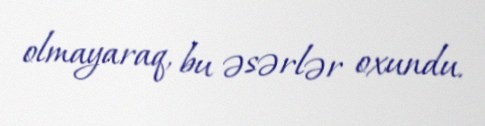
olmayaraq, bu əsərlər oxundu.